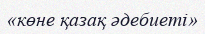
«көне қазақ әдебиеті»